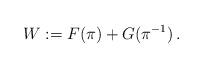
LaTeX: \begin{align*}W := F(\pi) + G(\pi^{-1})\,.\end{align*}